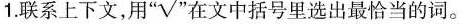
1.联系上下文，用”√”在文中括号里选出最恰当的词。